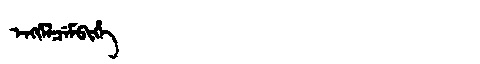
Manchu: ᡝᠩᡤᡝᠯᠴᡝᠮᠪᡳᡥᡝ
Romanization: ENGGELCEMBIHE